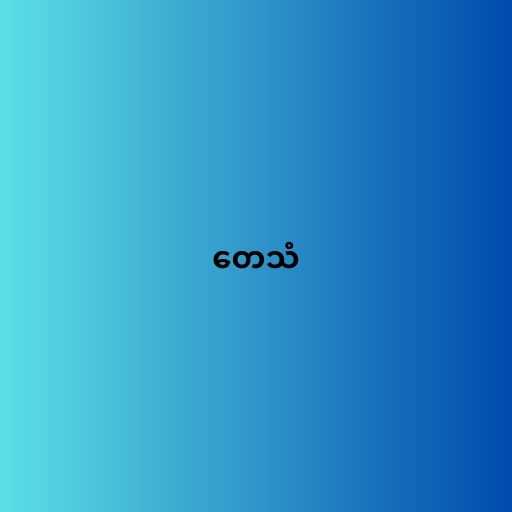
တေသံ